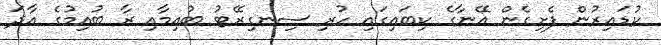
ކުޑައިރުން ފެށިގެން އޭނާގެ ކިބައިގައި ހުރި ސިނގިރޭޓު ބުއިމާއި ރާ ބުއިމުގެ އާދަ